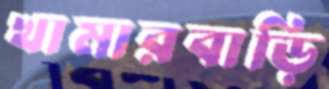
খামারবাড়ি